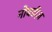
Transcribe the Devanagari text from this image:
नोबडीज़